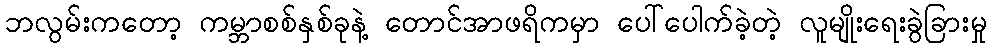
ဘလွမ်းကတော့ ကမ္ဘာစစ်နှစ်ခုနဲ့ တောင်အာဖရိကမှာ ပေါ်ပေါက်ခဲ့တဲ့ လူမျိုးရေးခွဲခြားမှု